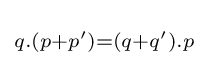
\scriptstyle {q.(p+p')=(q+q').p\,}\!